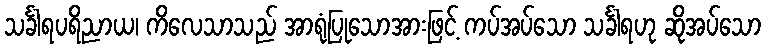
သင်္ခါရပရိညာယ၊ ကိလေသာသည် အာရုံပြုသောအားဖြင့် ကပ်အပ်သော သင်္ခါရဟု ဆိုအပ်သော